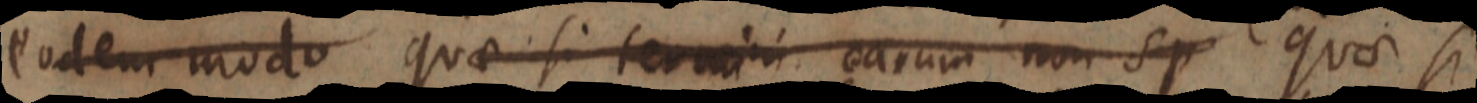
eodem modo quae si termini earum non sp quae si